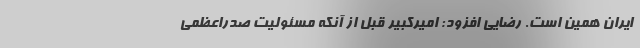
ایران همین است. رضایی افزود: امیرکبیر قبل از آنکه مسئولیت صدراعظمی